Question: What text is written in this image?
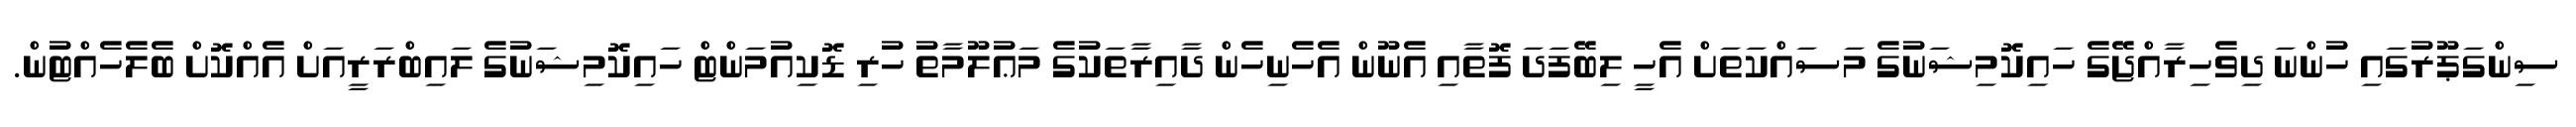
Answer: ސިންގަޕޫރުގައި ހުންނަ ދިވެހިރާއްޖޭގެ ހައިކޮމިޝަނުގެ މަސައްކަތަށް އެހީ ލިބޭފަދަ ފޮތާއި އެނޫން އެހެނިހެން ދާއިރާތަކުގެ މަޢުލޫމާތު ހުރި ޑޮކިއުމަންޓް ހައިކޮމިޝަނުގެ ލައިބްރަރީއަށް އެއްކޮށް ބެލެހެއްޓުން.